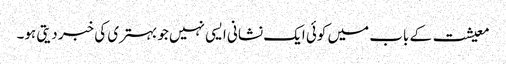
معیشت کے باب میں کوئی ایک نشانی ایسی نہیں جو بہتری کی خبر دیتی ہو۔